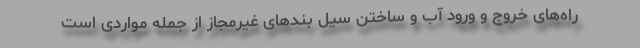
راه‌های خروج و ورود آب و ساختن سیل بندهای غیرمجاز از جمله مواردی است